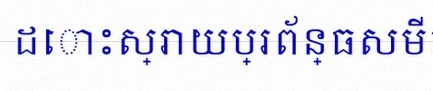
ដោះស្រាយប្រព័ន្ធសមីការ